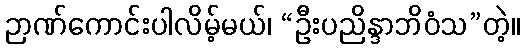
ဉာဏ်ကောင်းပါလိမ့်မယ်၊ “ဦးပညိန္ဒာဘိဝံသ”တဲ့။